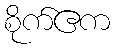
စိုက်ဧက